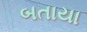
બતાયા